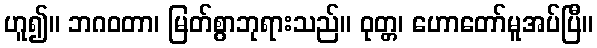
ဟူ၍။ ဘဂဝတာ၊ မြတ်စွာဘုရားသည်။ ဝုတ္တ၊ ဟောတော်မူအပ်ပြီ။